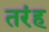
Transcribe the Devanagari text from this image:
तरंह